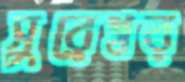
সুরেশ্বর